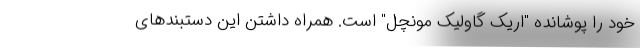
خود را پوشانده "اریک گاولیک مونچل" است. همراه داشتن این دستبندهای